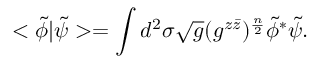
< \tilde { \phi } | \tilde { \psi } > = \int d ^ { 2 } \sigma \sqrt { g } ( g ^ { z \bar { z } } ) ^ { \frac { n } { 2 } } \tilde { \phi } ^ { * } \tilde { \psi } .